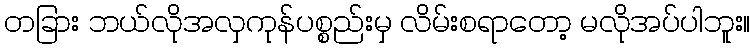
တခြား ဘယ်လိုအလှကုန်ပစ္စည်းမှ လိမ်းစရာတော့ မလိုအပ်ပါဘူး။